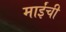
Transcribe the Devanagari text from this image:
माईंची